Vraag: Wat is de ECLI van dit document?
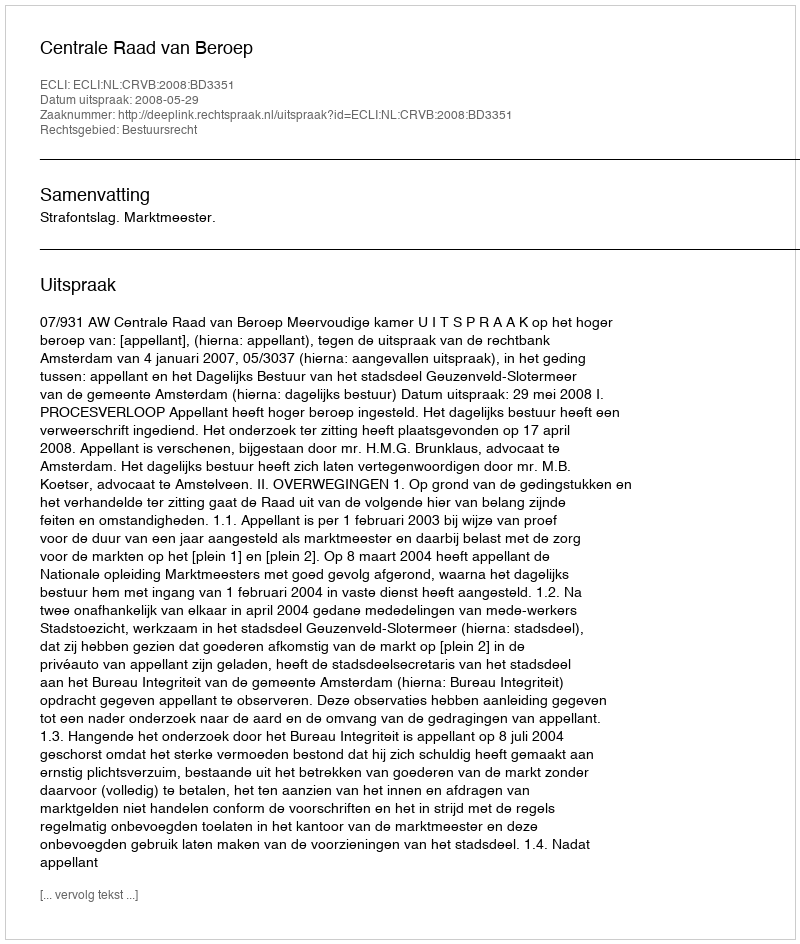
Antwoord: ECLI:NL:CRVB:2008:BD3351